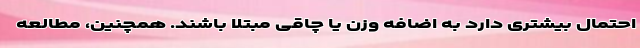
احتمال بیشتری دارد به اضافه وزن یا چاقی مبتلا باشند. همچنین، مطالعه